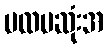
ပထမဆုံးအ